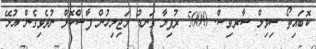
ކޮބައިތޯ ސިވިލް ސާރވިސް. 5000 ރުފިޔާ ގަނޑު މަޖިލިހުން ފާސްކޮށް ނުދެވިގެން އުޅޭ